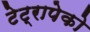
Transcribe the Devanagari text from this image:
टेट्रापेको